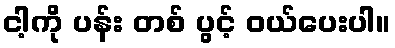
ငါ့ကို ပန်း တစ် ပွင့် ဝယ်ပေးပါ။